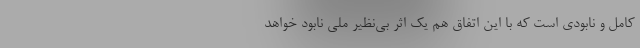
کامل و نابودی است که با این اتفاق هم یک اثر بی‌نظیر ملی نابود خواهد